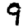
Digit: 9